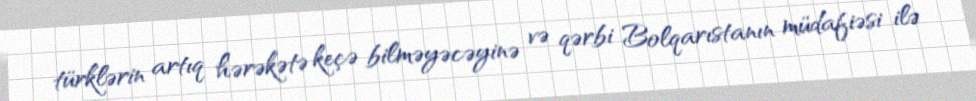
türklərin artıq hərəkətə keçə bilməyəcəyinə və qərbi Bolqarıstanın müdafiəsi ilə